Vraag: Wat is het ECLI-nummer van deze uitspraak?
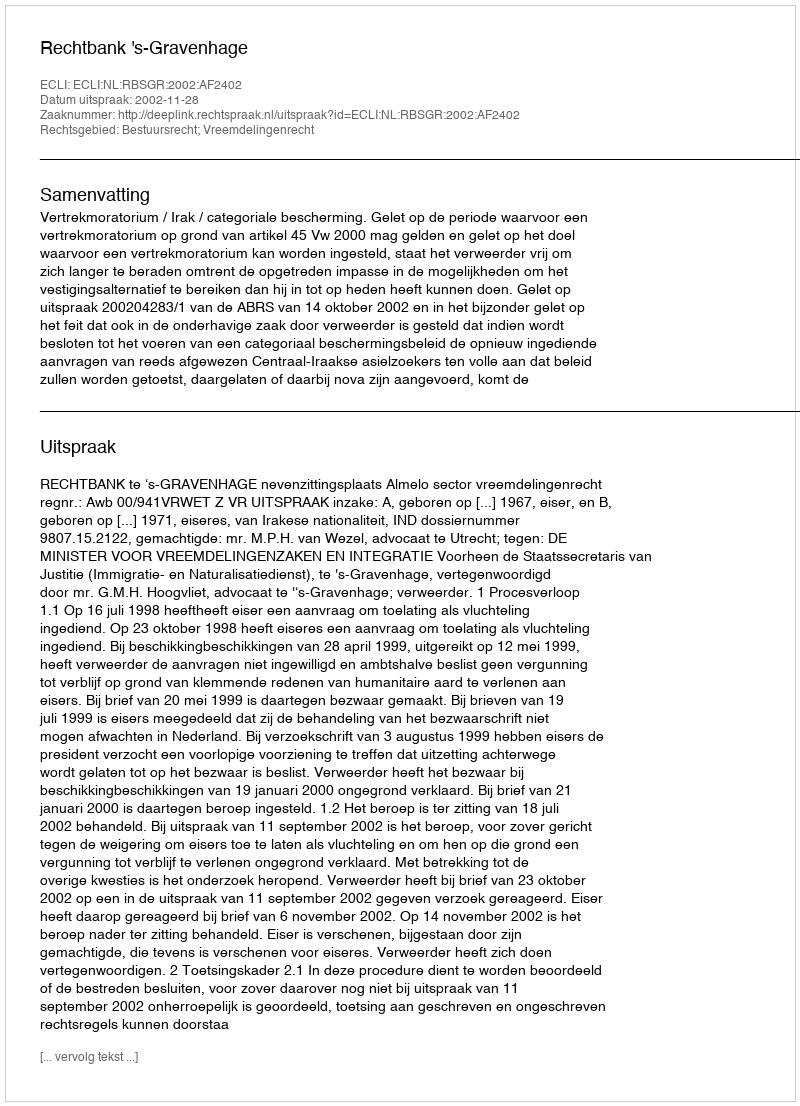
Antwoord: ECLI:NL:RBSGR:2002:AF2402